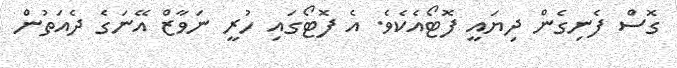
ގޮސް ފެނިގެން ދިޔައީ ފޮޓޯއެކެވެ. އެ ފޮޓޯގައި ހުރީ ނަވާޒް އޭނަގެ ދެއަތުން